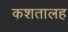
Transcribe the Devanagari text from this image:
कशतालह